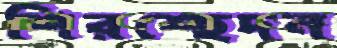
শিরশ্ছেদন